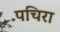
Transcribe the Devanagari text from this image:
पचिरा